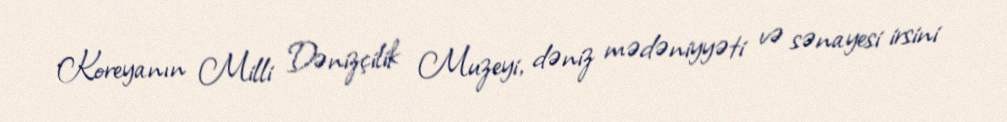
Koreyanın Milli Dənizçilik Muzeyi, dəniz mədəniyyəti və sənayesi irsini